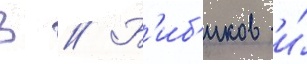
В // Б'иб'иков и́